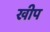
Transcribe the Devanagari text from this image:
खीप